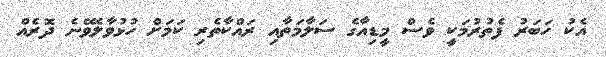
އެކު ހަބަރު ފެތުރުމަކީ ވެސް މީޑިއާގެ ސަލާމަތާއި ރައްކާތެރި ކަމަށް ހުޅުވާލެވޭނެ ދޮރެއް